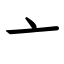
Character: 亠